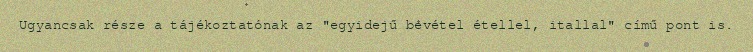
Ugyancsak része a tájékoztatónak az "egyidejű bevétel étellel, itallal" című pont is.